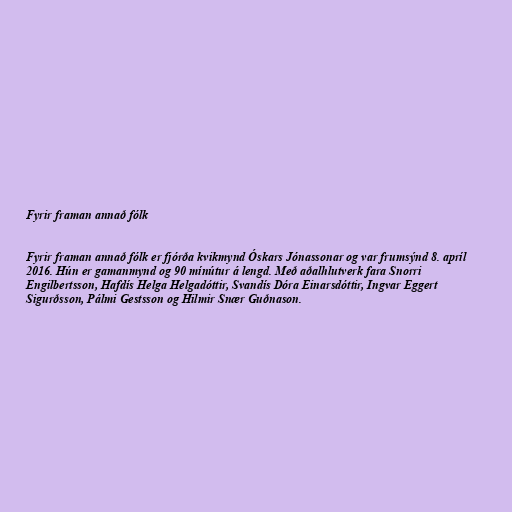
Fyrir framan annað fólk

Fyrir framan annað fólk er fjórða kvikmynd Óskars Jónassonar og var frumsýnd 8. apríl
2016. Hún er gamanmynd og 90 mínútur á lengd. Með aðalhlutverk fara Snorri
Engilbertsson, Hafdís Helga Helgadóttir, Svandís Dóra Einarsdóttir, Ingvar Eggert
Sigurðsson, Pálmi Gestsson og Hilmir Snær Guðnason.